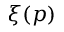
\xi ( p )